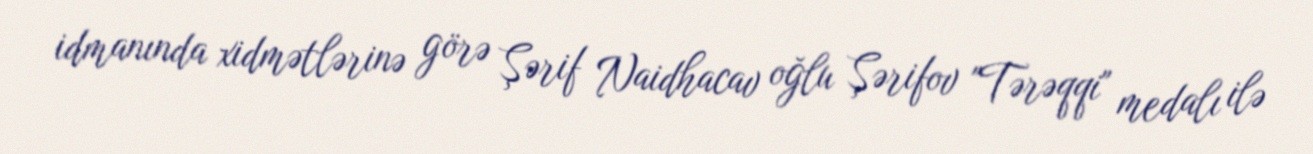
idmanında xidmətlərinə görə Şərif Naidhacav oğlu Şərifov "Tərəqqi" medalı ilə